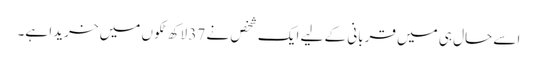
اسے حال ہی میں قربانی کے لیے ایک شخص نے 37 لاکھ ٹکوں میں خریدا ہے۔